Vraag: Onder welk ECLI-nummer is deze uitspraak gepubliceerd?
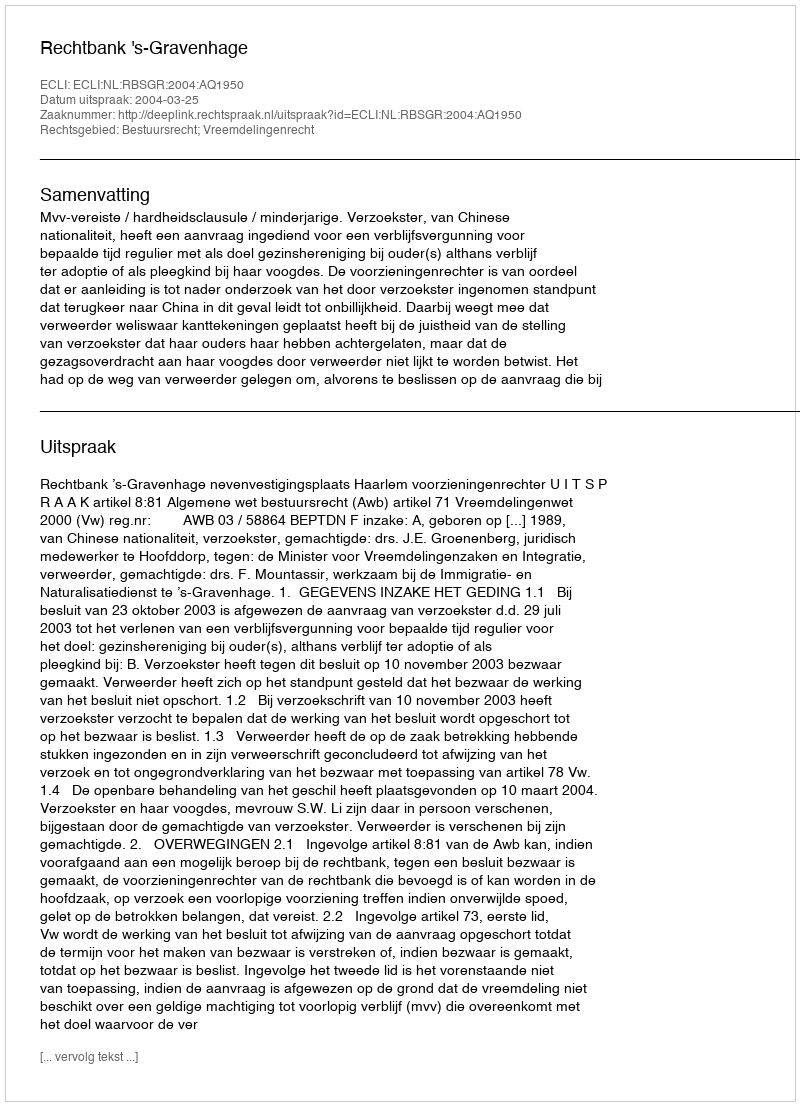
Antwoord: ECLI:NL:RBSGR:2004:AQ1950